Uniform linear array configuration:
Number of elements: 12
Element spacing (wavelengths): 0.25
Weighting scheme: hamming
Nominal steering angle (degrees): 45
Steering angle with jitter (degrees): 45.794
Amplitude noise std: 0.05
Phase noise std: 0.05

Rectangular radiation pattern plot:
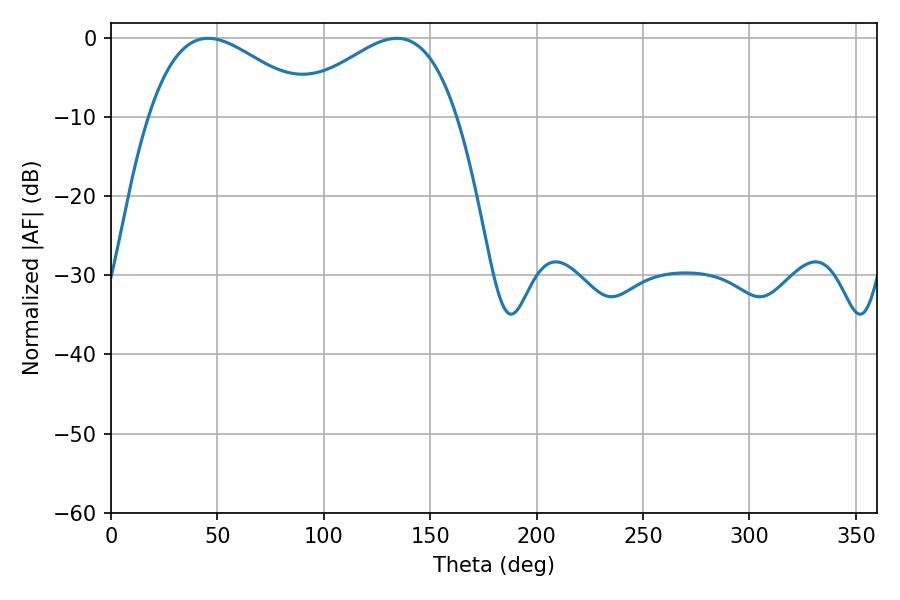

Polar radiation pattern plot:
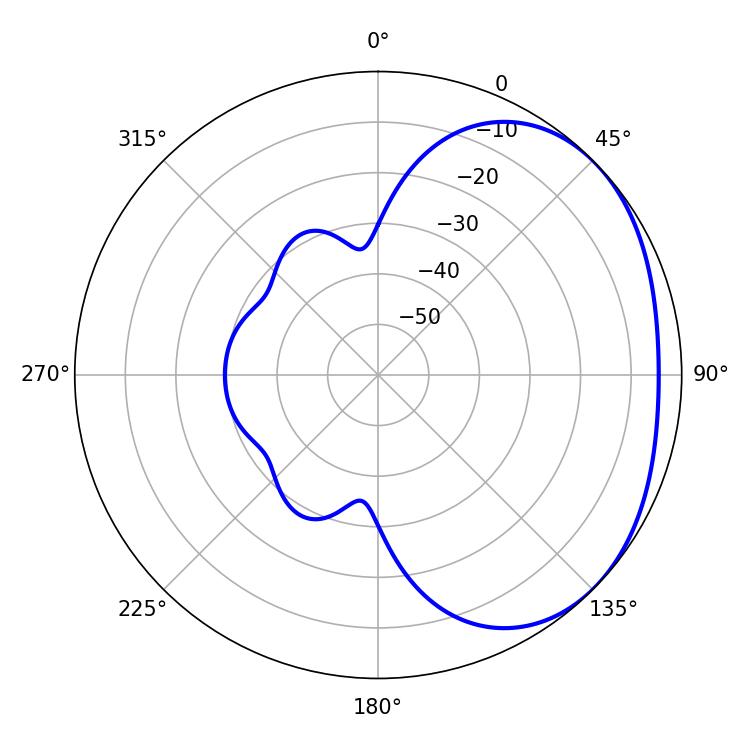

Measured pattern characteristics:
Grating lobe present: FALSE
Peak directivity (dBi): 2.301
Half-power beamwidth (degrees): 42.3
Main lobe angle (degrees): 45.72